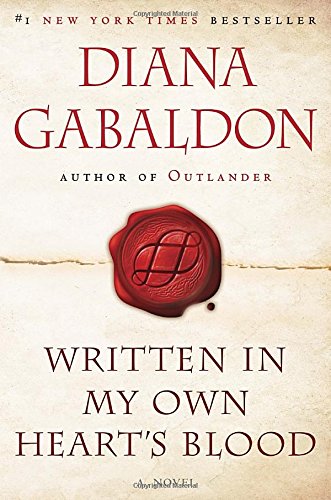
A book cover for Written in My Own Heart's Blood: A Novel (Outlander); Diana Gabaldon; Science Fiction & Fantasy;